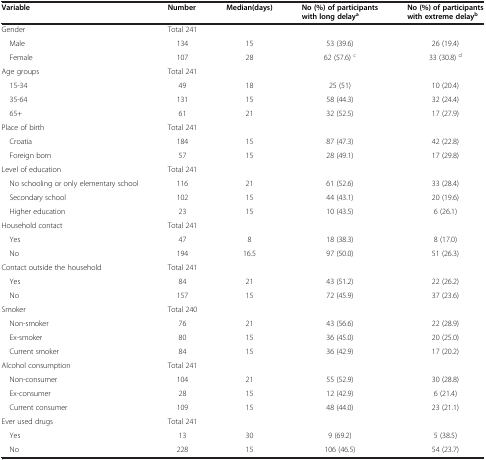
<table><thead><tr><td><b>Variable</b></td><td><b>Number</b></td><td><b>Median(days)</b></td><td><b>No (%) of participants with long delay<sup>a</sup></b></td><td><b>No (%) of participants with extreme delay<sup>b</sup></b></td></tr></thead><tbody><tr><td>Gender</td><td>Total 241</td><td> </td><td> </td><td> </td></tr><tr><td> Male</td><td>134</td><td>15</td><td>53 (39.6)</td><td>26 (19.4)</td></tr><tr><td> Female</td><td>107</td><td>28</td><td>62 (57.6) <sup>c</sup></td><td>33 (30.8) <sup>d</sup></td></tr><tr><td>Age groups</td><td>Total 241</td><td> </td><td> </td><td> </td></tr><tr><td> 15-34</td><td>49</td><td>18</td><td>25 (51)</td><td>10 (20.4)</td></tr><tr><td> 35-64</td><td>131</td><td>15</td><td>58 (44.3)</td><td>32 (24.4)</td></tr><tr><td> 65+</td><td>61</td><td>21</td><td>32 (52.5)</td><td>17 (27.9)</td></tr><tr><td>Place of birth</td><td>Total 241</td><td> </td><td> </td><td> </td></tr><tr><td> Croatia</td><td>184</td><td>15</td><td>87 (47.3)</td><td>42 (22.8)</td></tr><tr><td> Foreign born</td><td>57</td><td>15</td><td>28 (49.1)</td><td>17 (29.8)</td></tr><tr><td>Level of education</td><td>Total 241</td><td> </td><td> </td><td> </td></tr><tr><td> No schooling or only elementary school</td><td>116</td><td>21</td><td>61 (52.6)</td><td>33 (28.4)</td></tr><tr><td> Secondary school</td><td>102</td><td>15</td><td>44 (43.1)</td><td>20 (19.6)</td></tr><tr><td> Higher education</td><td>23</td><td>15</td><td>10 (43.5)</td><td>6 (26.1)</td></tr><tr><td>Household contact</td><td>Total 241</td><td> </td><td> </td><td> </td></tr><tr><td> Yes</td><td>47</td><td>8</td><td>18 (38.3)</td><td>8 (17.0)</td></tr><tr><td> No</td><td>194</td><td>16.5</td><td>97 (50.0)</td><td>51 (26.3)</td></tr><tr><td>Contact outside the household</td><td>Total 241</td><td> </td><td> </td><td> </td></tr><tr><td> Yes</td><td>84</td><td>21</td><td>43 (51.2)</td><td>22 (26.2)</td></tr><tr><td> No</td><td>157</td><td>15</td><td>72 (45.9)</td><td>37 (23.6)</td></tr><tr><td>Smoker</td><td>Total 240</td><td> </td><td> </td><td> </td></tr><tr><td> Non-smoker</td><td>76</td><td>21</td><td>43 (56.6)</td><td>22 (28.9)</td></tr><tr><td> Ex-smoker</td><td>80</td><td>15</td><td>36 (45.0)</td><td>20 (25.0)</td></tr><tr><td> Current smoker</td><td>84</td><td>15</td><td>36 (42.9)</td><td>17 (20.2)</td></tr><tr><td>Alcohol consumption</td><td>Total 241</td><td> </td><td> </td><td> </td></tr><tr><td> Non-consumer</td><td>104</td><td>21</td><td>55 (52.9)</td><td>30 (28.8)</td></tr><tr><td> Ex-consumer</td><td>28</td><td>15</td><td>12 (42.9)</td><td>6 (21.4)</td></tr><tr><td> Current consumer</td><td>109</td><td>15</td><td>48 (44.0)</td><td>23 (21.1)</td></tr><tr><td>Ever used drugs</td><td>Total 241</td><td> </td><td> </td><td> </td></tr><tr><td> Yes</td><td>13</td><td>30</td><td>9 (69.2)</td><td>5 (38.5)</td></tr><tr><td> No</td><td>228</td><td>15</td><td>106 (46.5)</td><td>54 (23.7)</td></tr></tbody></table>